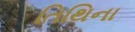
તિથિના